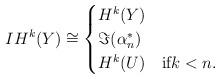
LaTeX: \begin{align*}IH^k(Y)\cong \begin{cases} H^k(Y) \quad{}\\\Im(\alpha^*_n) \quad{}\\ H^k(U) \quad{\text{if$k<n$.}} \end{cases}\end{align*}